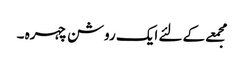
مجمعے کے لئے ایک روشن چہرہ ۔